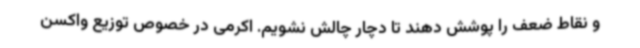
و نقاط ضعف را پوشش دهند تا دچار چالش نشویم. اکرمی در خصوص توزیع واکسن